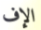
الإف